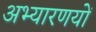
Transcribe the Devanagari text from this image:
अभ्यारणयों